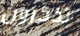
تذكرون